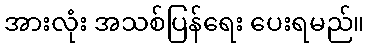
အားလုံး အသစ်ပြန်ရေး ပေးရမည်။